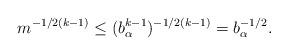
LaTeX: \begin{align*}m^{-1/2(k-1)} \leq (b_\alpha^{k-1})^{-1/2(k-1)} = b_\alpha^{-1/2}.\end{align*}